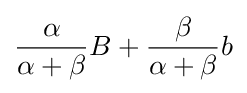
{\frac {\alpha }{\alpha +\beta }}B+{\frac {\beta }{\alpha +\beta }}b